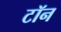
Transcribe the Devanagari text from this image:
टॉन